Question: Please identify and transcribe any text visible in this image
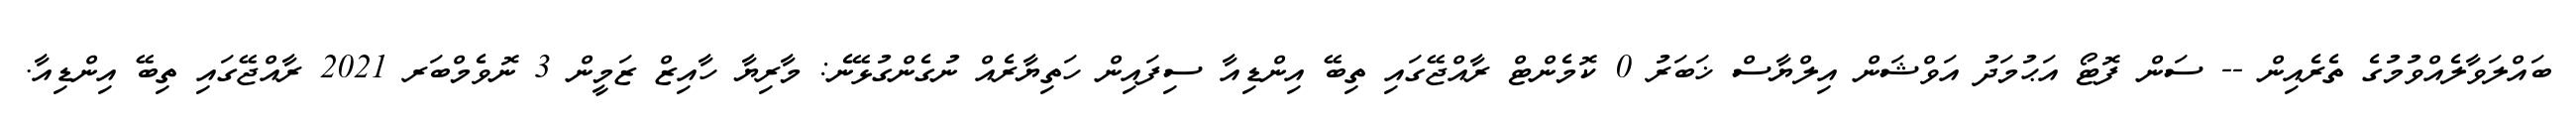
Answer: ބައްލަވާލެއްވުމުގެ ތެރެއިން -- ސަން ފޮޓޯ އަޙުމަދު އަވްޝަން އިލްޔާސް ޚަބަރު 0 ކޮމެންޓް ރާއްޖޭގައި ތިބޭ އިންޑިއާ ސިފައިން ހަތިޔާރެއް ނުގެންގުޅޭނެ: މާރިޔާ ހާއިޒް ޒަމީން 3 ނޮވެމްބަރ 2021 ރާއްޖޭގައި ތިބޭ އިންޑިއާ.